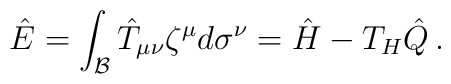
\hat{E}=\int_{\cal B} \hat{T}_{\mu\nu}\zeta^{\mu}d\sigma^{\nu}=\hat{H}-T_H\hat{Q}\, .